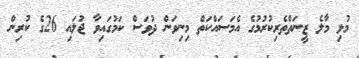
މުޅި މާލެ ޒީނަތްތެރިކުރުމުގެ އެމަސައްކަތް މިނިވަން ދުވަސް ކަމުގައިވާ ޖުލައި 26ގެ ކުރިން